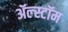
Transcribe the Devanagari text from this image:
ॲल्स्टॉम